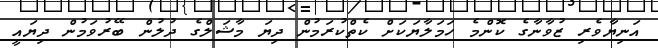
އަނިޔާވެރި ޒުވާނާގެ ކޮންމެ ހަމަލާޔަކަށް ކެތްކުރަމުން ދިޔަ މާޝަލްގެ ދުލުން ބޭރުވަމުން ދިޔައީ